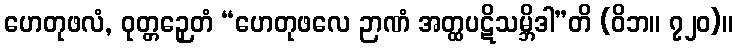
ဟေတုဖလံ, ဝုတ္တဉှေတံ “ဟေတုဖလေ ဉာဏံ အတ္ထပဋိသမ္ဘိဒါ”တိ (ဝိဘ။ ၇၂၀)။